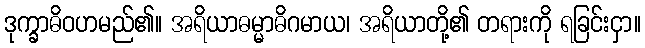
ဒုက္ခာဓိဝဟမည်၏။ အရိယာဓမ္မာဓိဂမာယ၊ အရိယာတို့၏ တရားကို ရခြင်းငှာ။